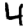
Digit: 4